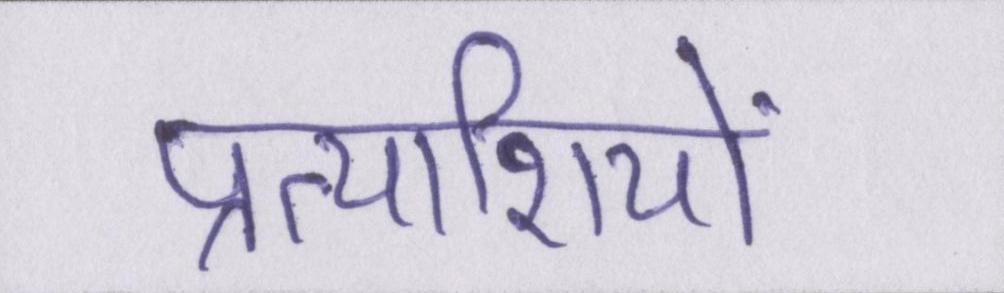
प्रत्याशियों